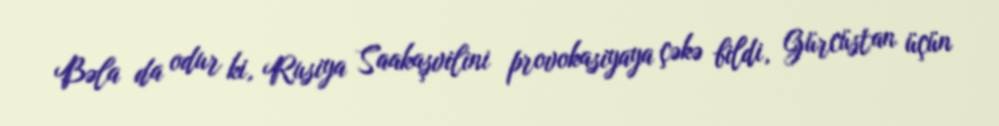
Bəla da odur ki, Rusiya Saakaşvilini provokasiyaya çəkə bildi, Gürcüstan üçün